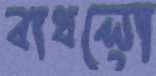
বাধলো